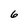
Character: 6